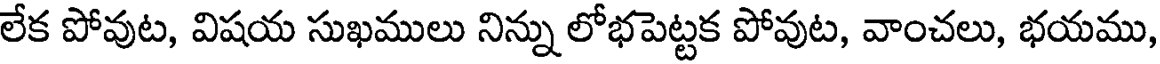
లేక పోవుట, విషయ సుఖములు నిన్ను లోభపెట్టక పోవుట, వాంచలు, భయము,